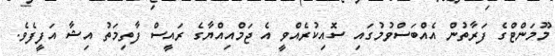
މޫމަންޓްގެ ފަރާތުން އެއްބަސްވުމުގައި ސޮއިކުރެއްވީ އެ ޖަމްއިއްޔާގެ ރައީސް ފާތިމަތު އިޝާ އަފީފެވެ.